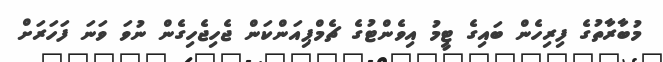
މުބާރާތުގެ ފިރިހެން ބައިގެ ޓީމު އިވެންޓުގެ ޗެމްޕިއަންކަން ޖެހިޖެހިގެން ނުވަ ވަނަ ފަހަރަށް